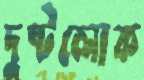
দুষ্টলোক